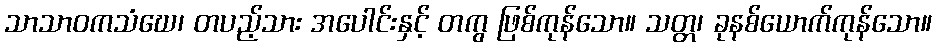
သာသာဝကသံဃေ၊ တပည့်သား အပေါင်းနှင့် တကွ ဖြစ်ကုန်သော။ သတ္တ၊ ခုနစ်ယောက်ကုန်သော။